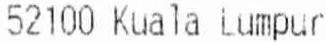
52100 KUALA LUMPUR